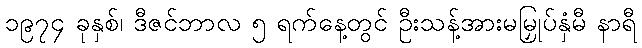
၁၉၇၄ ခုနှစ်၊ ဒီဇင်ဘာလ ၅ ရက်နေ့တွင် ဦးသန့်အားမမြှုပ်နှံမီ နာရီ